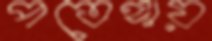
পতেঙ্গায়